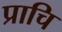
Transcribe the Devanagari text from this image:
प्राचि